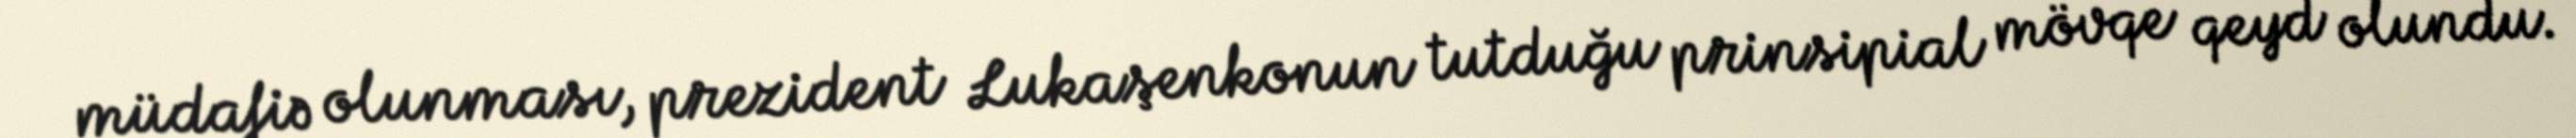
müdafiə olunması, prezident Lukaşenkonun tutduğu prinsipial mövqe qeyd olundu.